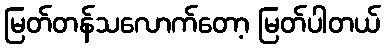
မြတ်တန်သလောက်တော့ မြတ်ပါတယ်